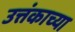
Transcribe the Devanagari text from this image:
उत्तंकाच्या